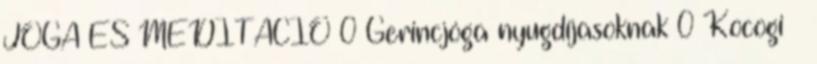
JÓGA ÉS MEDITÁCIÓ 0 Gerincjóga nyugdíjasoknak 0 Kocogi –